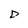
Character: D